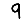
Digit: 9